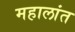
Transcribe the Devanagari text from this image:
महालांत